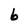
Character: 6